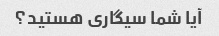
آیا شما سیگاری هستید؟